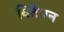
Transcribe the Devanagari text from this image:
विटेमन